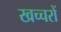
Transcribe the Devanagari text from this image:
खच्‍चरों